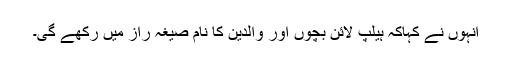
انہوں نے کہاکہ ہیلپ لائن بچوں اور والدین کا نام صیغہ راز میں رکھے گی۔